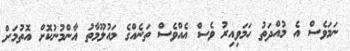
ނަމަވެސް އެ މުއްދަތު ހަމަވިއިރު ވެސް އެއްވެސް ތަނެއްގެ މައުލޫމާތު އާންމުނުކޮށް އޮތުމަށް